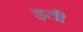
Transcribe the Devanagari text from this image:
ड़ती